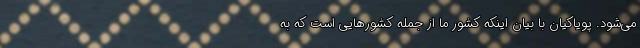
می‌­شود. پویاکیان با بیان اینکه کشور ما از جمله کشورهایی است که به